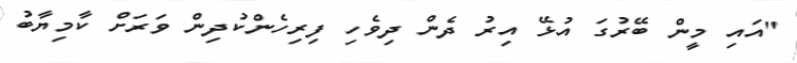
"އައި މީން ބޭރުގަ އުޅޭ އިރު ދެން ދިވެހި ފިރިހެންކުދިން ވަރަށް ކާމިޔާބު